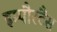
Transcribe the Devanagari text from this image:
इम्पौरटैंस